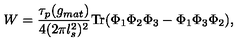
W = \frac { \tau _ { p } ( g _ { m a t } ) } { 4 ( 2 \pi l _ { s } ^ { 2 } ) ^ { 2 } } \mathrm { T r } ( \Phi _ { 1 } \Phi _ { 2 } \Phi _ { 3 } - \Phi _ { 1 } \Phi _ { 3 } \Phi _ { 2 } ) ,